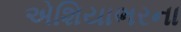
એશિયાભરના